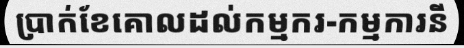
ប្រាក់ខែគោលដល់កម្មករ-កម្មការនី